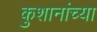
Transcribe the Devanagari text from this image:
कुशानांच्या